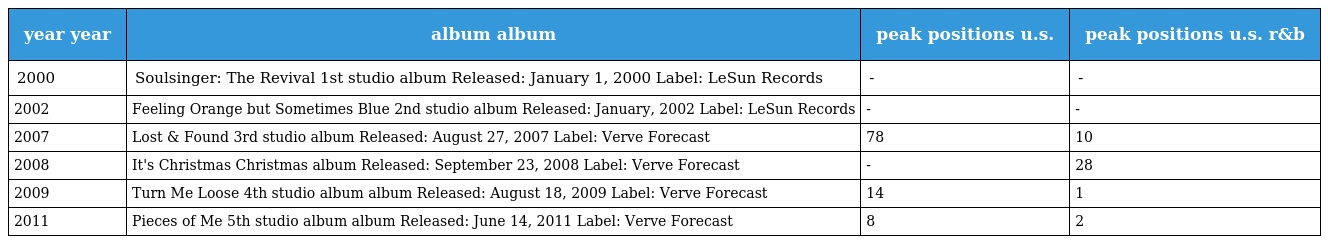
| year year | album album | peak positions u.s. | peak positions u.s. r&b |
 | --- | --- | --- | --- |
 | 2000 | Soulsinger: The Revival 1st studio album Released: January 1, 2000 Label: LeSun Records | - | - |
 | 2002 | Feeling Orange but Sometimes Blue 2nd studio album Released: January, 2002 Label: LeSun Records | - | - |
 | 2007 | Lost & Found 3rd studio album Released: August 27, 2007 Label: Verve Forecast | 78 | 10 |
 | 2008 | It's Christmas Christmas album Released: September 23, 2008 Label: Verve Forecast | - | 28 |
 | 2009 | Turn Me Loose 4th studio album album Released: August 18, 2009 Label: Verve Forecast | 14 | 1 |
 | 2011 | Pieces of Me 5th studio album album Released: June 14, 2011 Label: Verve Forecast | 8 | 2 |